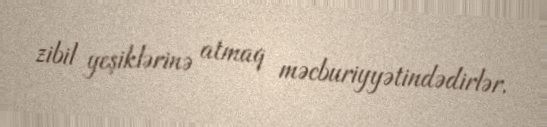
zibil yeşiklərinə atmaq məcburiyyətindədirlər.